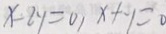
x - 2 y = 0 , x + y = 0